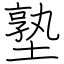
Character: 塾